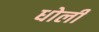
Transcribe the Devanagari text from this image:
धोली